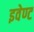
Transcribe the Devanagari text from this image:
इवेण्ट